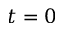
t = 0